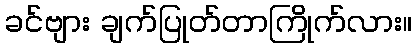
ခင်ဗျား ချက်ပြုတ်တာကြိုက်လား။